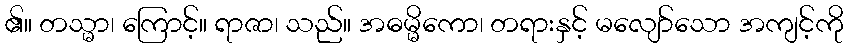
၏။ တသ္မာ၊ ကြောင့်။ ရာဇာ၊ သည်။ အဓမ္မိကော၊ တရားနှင့် မလျော်သော အကျင့်ကို